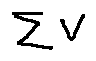
\sum v